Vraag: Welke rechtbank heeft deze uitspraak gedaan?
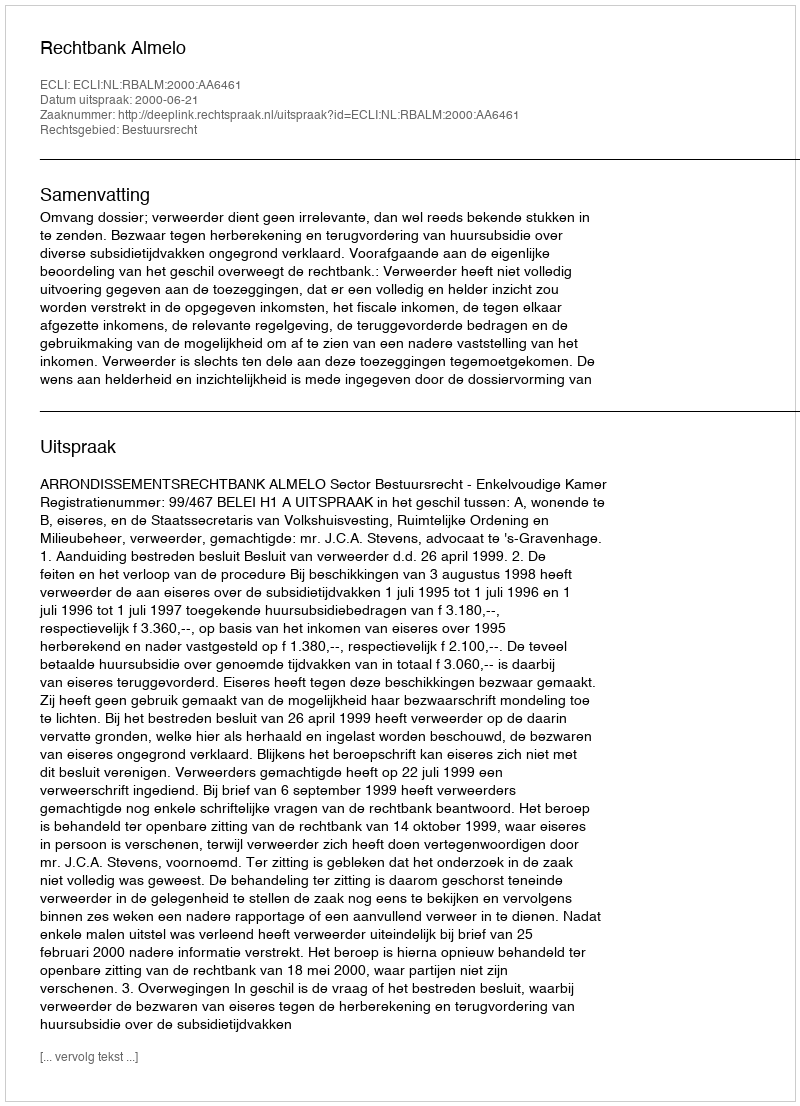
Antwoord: Rechtbank Almelo